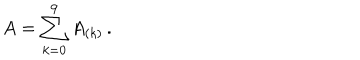
A = \sum _ { k = 0 } ^ { 9 } A _ { ( k ) } \, .